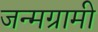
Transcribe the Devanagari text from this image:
जन्मग्रामी